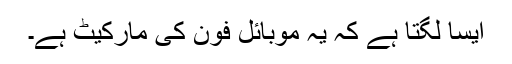
ایسا لگتا ہے کہ یہ موبائل فون کی مارکیٹ ہے۔